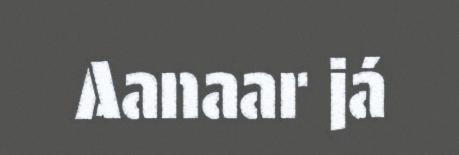
Aanaar já